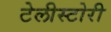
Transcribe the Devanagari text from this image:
टेलीस्टोरी